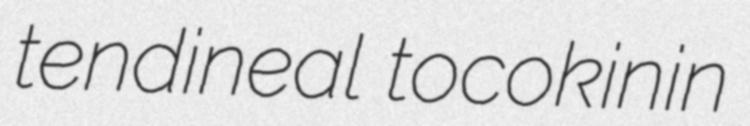
tendineal tocokinin